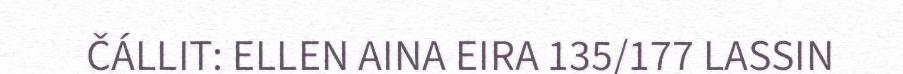
ČÁLLIT: ELLEN AINA EIRA 135/177 LASSIN